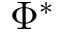
\Phi ^ { * }